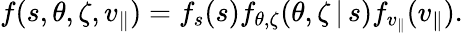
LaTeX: f(s,\theta,\zeta,v_{\parallel})=f_{s}(s)f_{\theta,\zeta}(\theta,\zeta\, |\, s)f_{v_{\parallel}}(v_{\parallel}).